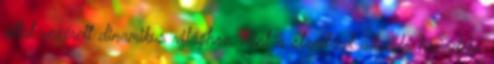
által vezérelt dinamikus világhoz, mint a standard állandó hozadékú